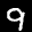
Digit: 9